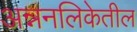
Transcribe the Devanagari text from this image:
अन्ननलिकेतील